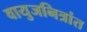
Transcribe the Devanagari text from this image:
वायुजनित्रांत